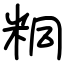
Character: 粡